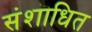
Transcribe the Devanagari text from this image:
संशॊधित